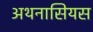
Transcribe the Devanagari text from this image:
अथनासियस